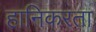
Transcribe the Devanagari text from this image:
हानिकरता